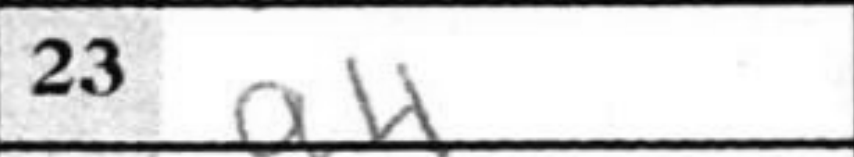
Transcription: g4